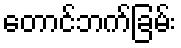
တောင်ဘက်ခြမ်း